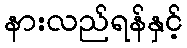
နားလည်ရန်နှင့်